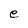
Character: e